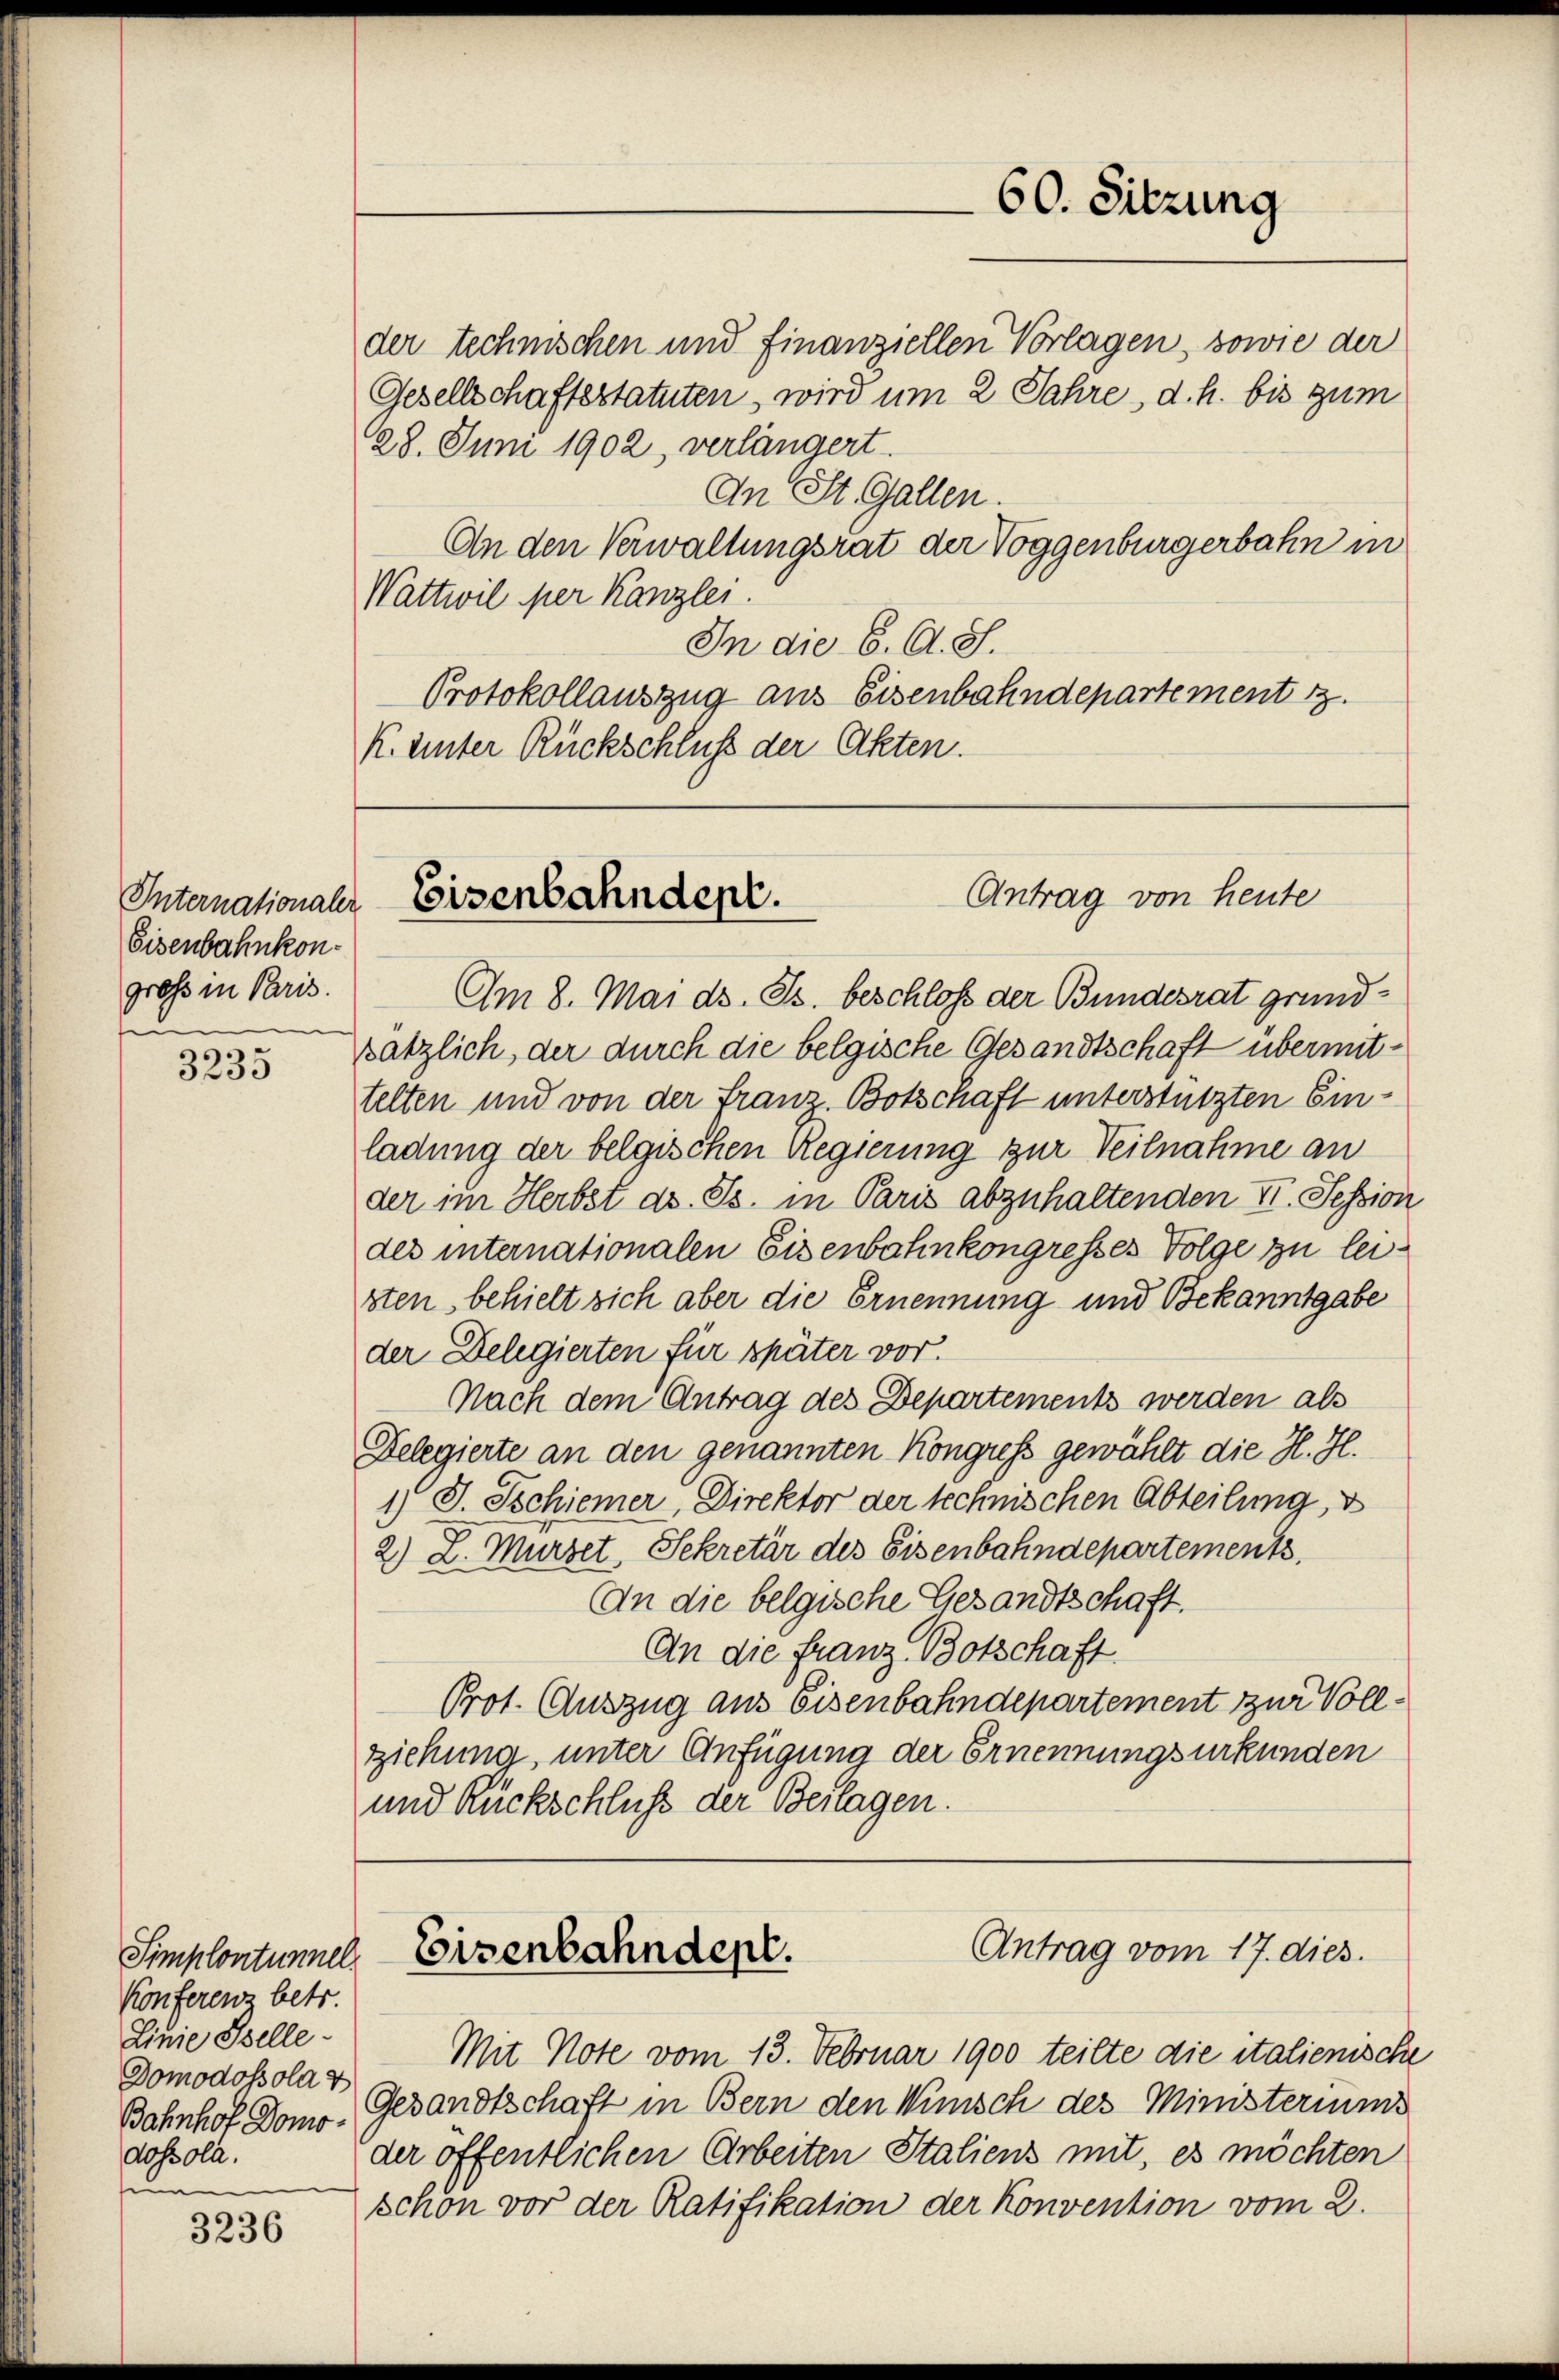
Eisenbahnkongroß in Paris.
e

3235

Konferenz betr.
Linie Stelle
Domodossola v
Bahnhof Domodossola.
en

3236

28. Juni 1902, verlängert.
An St. Gallen.
An den Verwaltungsrat der Voggenburgerbahn in
Wattwil per Kanzlei.
In die 6. A. S.
Protokollauszug aus Eisenbahndepartement 13.
k. unter Rückschluß der Akten.

Am 8. Mai d. Js. beschloß der Bundesrat grundsätzlich, der durch die belgische Gesandtschaft übermittelten und von der Frau Botschaft unterstützten Einladung der belgischen Regierung zur Teilnahme an
der im Herbst ds. Gs. in Paris abzuhaltenden II. Session
des internationalen Eisenbahnkongresses Folge zu leisten behielt sich aber die Ernennung und Bekanntgabe
der Delegierten für später vor.
Nach dem Antrag des Departements werden als
Delegierte an den genannten Kongress gewählt die H. H.
1 J. Tschiener, Direktor der technischen Abteilung, d
2.) L. Murzet, Sekretär des Eisenbahndepartements.
An die belgische Gesandtschaft.
An die Franz Botschaft.
Prot. Auszug aus Eisenbahndepartement zur Vollziehung, unter Anfügung der Ernennungsurkunden
und Rückschluß der Beilagen.

60. Sitzung

der technischen und finanziellen Vorlagen, sowie der
Gesellschaftestatuten, wird um 2 Jahre, d. h. bis zum

Antrag von heute
Internationaler Eisenbahndent.

Antrag vom 17. dies.
Simplonturel Eisenbahnden.

Mit Note vom 13. Februar 1900 teilte die italienische
Gesandtschaft in Bern den Wünsch des Ministeriums
der öffentlichen Arbeiten Staliens mit, es möchten
schön vor der Ratifikation der Konvention vom 2.